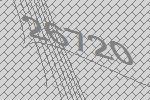
26720